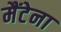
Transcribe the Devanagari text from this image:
मैंटेना